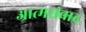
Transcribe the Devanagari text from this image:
आत्मसंवाद